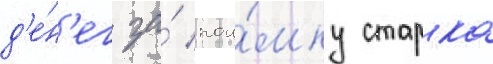
д'е́н'ег за́ пои́мку старка